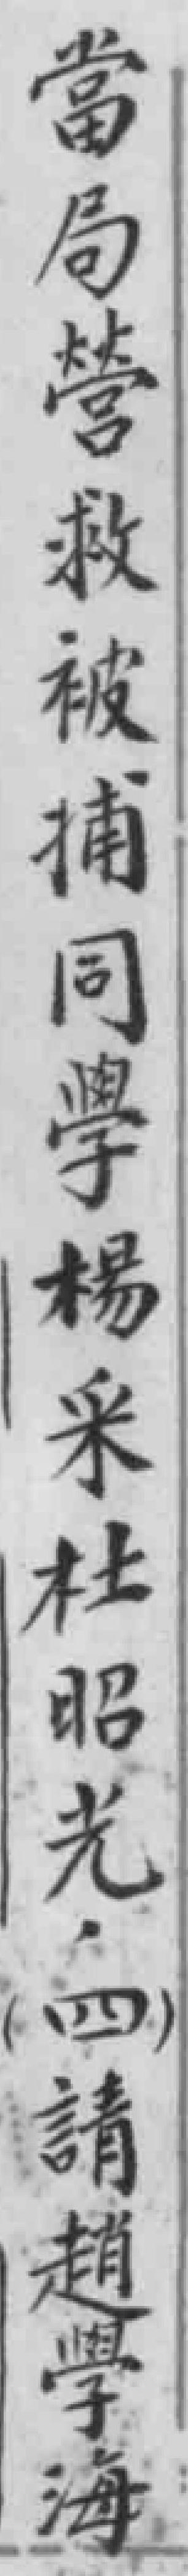
當局營救被捕同學楊采杜昭光。（四）請趙學海